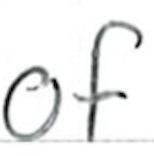
Text: of
Cross-out: clean
Writing tool: ballpoint